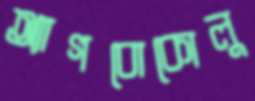
অ্যাগবোকোলু